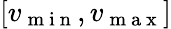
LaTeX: \left[v_{\mathrm{~m~i~n~}},v_{\mathrm{~m~a~x~}}\right]